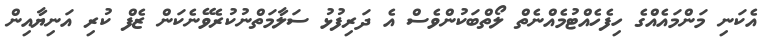
އެކަނި މަންމައެއްގެ ހިފެހެއްޓުމެއްނެތް ލޯތްބަކުންވެސް އެ ދަރިފުޅު ސަލާމަތްނުކުރެވޭނެކަން ޒެފް ކުރި އަނިޔާއިން